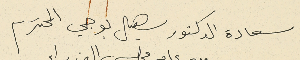
سعادة الدكتور سهيل بوجي المحترم